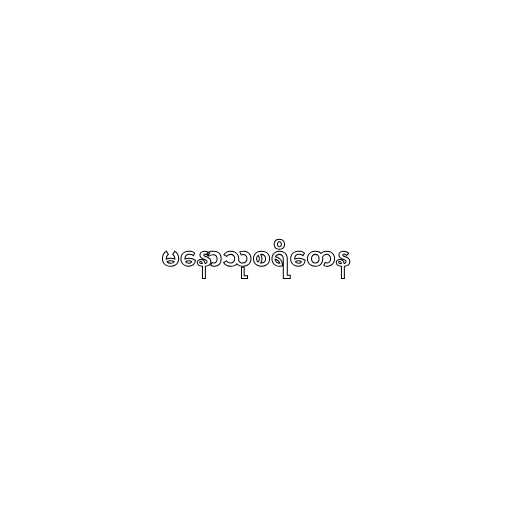
မနောသုစရိတေန